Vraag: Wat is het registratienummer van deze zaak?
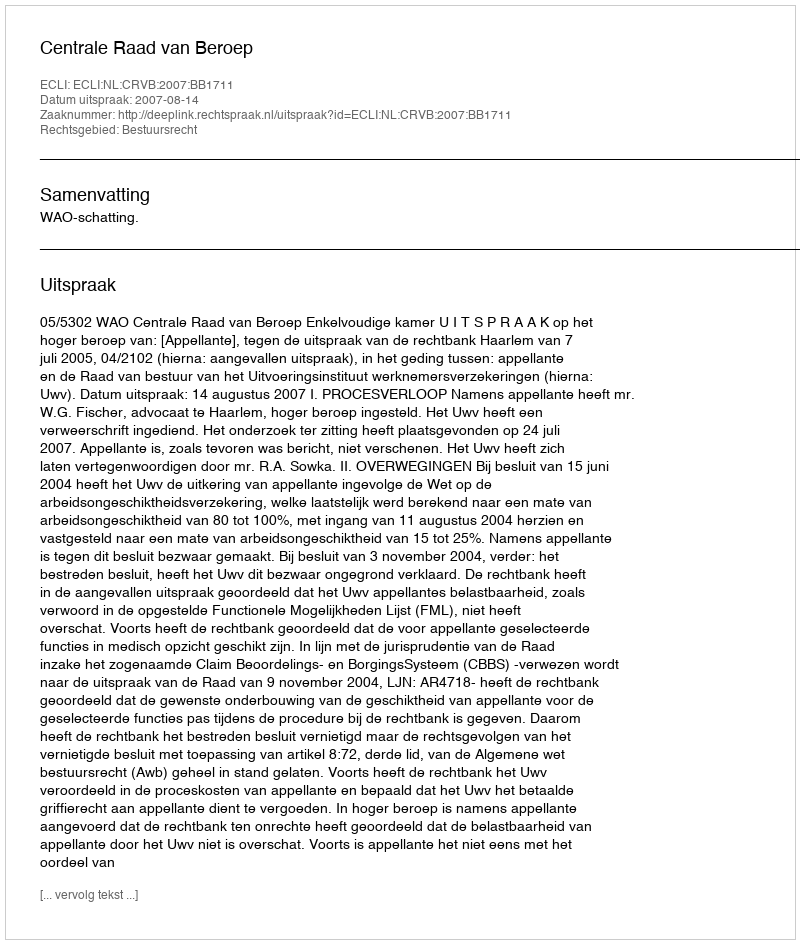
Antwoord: http://deeplink.rechtspraak.nl/uitspraak?id=ECLI:NL:CRVB:2007:BB1711